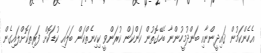
އެހެންކަމުން ޤައިދީންނާއި ބަންދުމީހުންނާ ބެހޭގޮތުން ކަންކަން ކުރަންވީ ކިހިނެތްކަން ބަލައި ކުޑަކޮށް ފަރިތަކޮށްލައިގެން